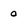
Character: 0